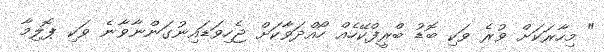
" މިހާރަކަށް ވުރެ ވަކި ބޮޑު ބްރީފްކޭހެއް ހޯއްދަވާކަށް ޖެހިވަޑައިނުގަންނާވާނެ ވަކި ޕޮލިމާ